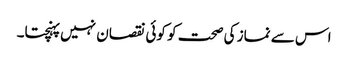
اس سے نماز کی صحت کو کوئی نقصان نہیں پہنچتا۔